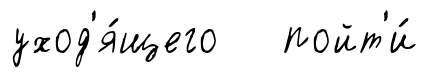
уход'я́щего пойт'и́